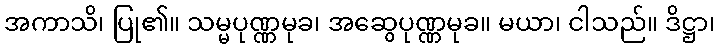
အကာသိ၊ ပြု၏။ သမ္မပုဏ္ဏမုခ၊ အဆွေပုဏ္ဏမုခ။ မယာ၊ ငါသည်။ ဒိဋ္ဌာ၊